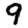
Digit: 9